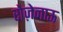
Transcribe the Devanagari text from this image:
रोज़ेनाऊ